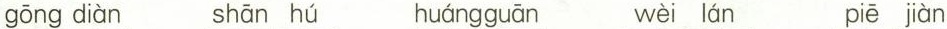
gōng diàn shān hú huángguān wèi lán piē jiàn